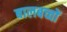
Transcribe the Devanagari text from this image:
बालबच्चों